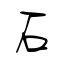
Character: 石